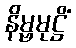
နိမ္ဗမုဋ္ဌိံ